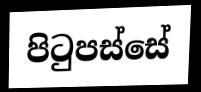
පිටුපස්සේ